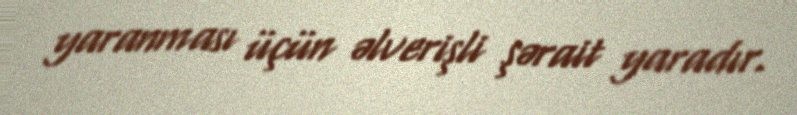
yaranması üçün əlverişli şərait yaradır.